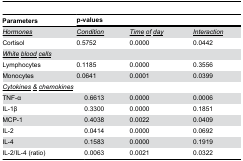
| Parameters | <COLSPAN=4> p-values |
 | --- | --- | --- | --- | --- |
 | <underline>Hormones</underline> | <COLSPAN=2> <underline>Condition</underline> | <underline>Time</underline><underline>of</underline><underline>day</underline> | <underline>Interaction</underline> |
 | Cortisol | <COLSPAN=2> 0.5752 | 0.0000 | 0.0442 |
 | <COLSPAN=3> <underline>White</underline><underline>blood</underline><underline>cells</underline> |  |  |
 | Lymphocytes | <COLSPAN=2> 0.1185 | 0.0000 | 0.3556 |
 | Monocytes | <COLSPAN=2> 0.0641 | 0.0001 | 0.0399 |
 | <COLSPAN=3> <underline>Cytokines</underline><underline>&</underline><underline>chemokines</underline> |  |  |
 | <COLSPAN=2> TNF-α | 0.6613 | 0.0000 | 0.0006 |
 | <COLSPAN=2> IL-1β | 0.3300 | 0.0000 | 0.1851 |
 | <COLSPAN=2> MCP-1 | 0.4038 | 0.0022 | 0.0409 |
 | <COLSPAN=2> IL-2 | 0.0414 | 0.0000 | 0.0692 |
 | <COLSPAN=2> IL-4 | 0.1583 | 0.0000 | 0.1919 |
 | <COLSPAN=2> IL-2/IL-4 (ratio) | 0.0063 | 0.0021 | 0.0322 |